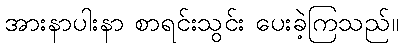
အားနာပါးနာ စာရင်းသွင်း ပေးခဲ့ကြသည်။